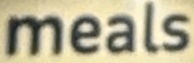
meals